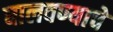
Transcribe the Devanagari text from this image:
घालवण्याचे